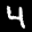
Label: 4